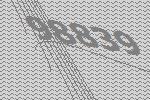
98839